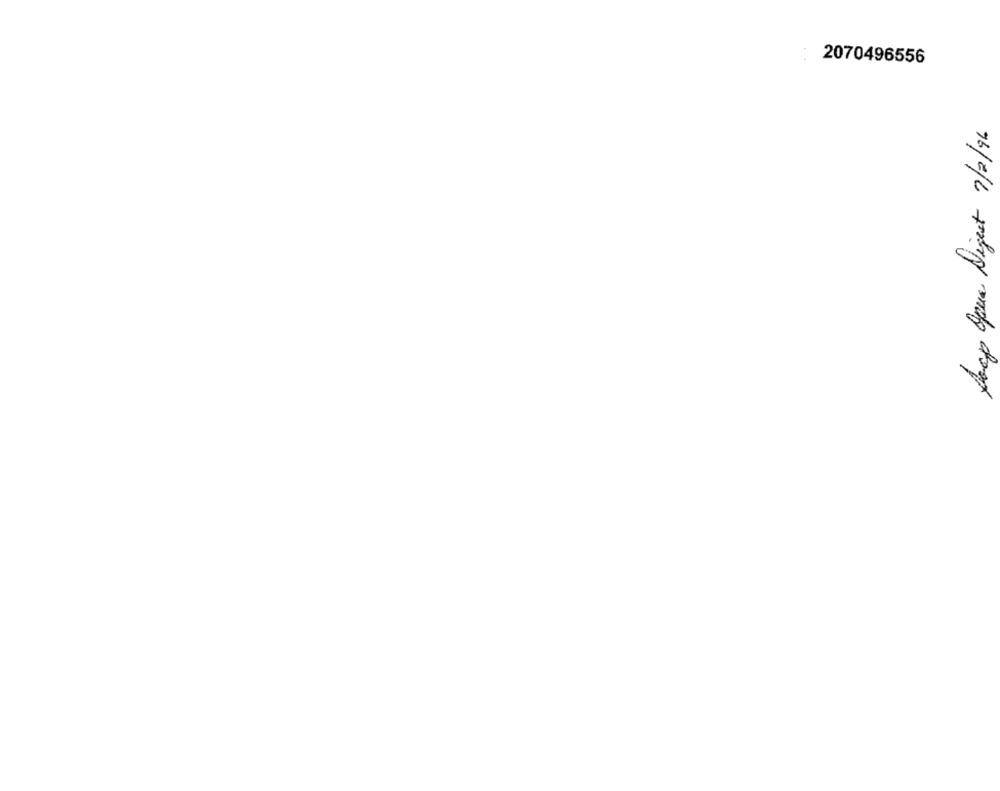
2070496556
Soap Opera Digest 7/2/96